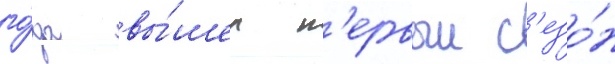
го́да вы́шел п'ервыи с'езо́н